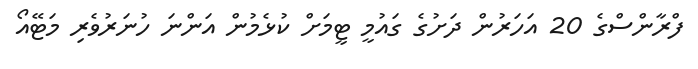
ފްރާންސްގެ 20 އަހަރުން ދަށުގެ ގައުމީ ޓީމަށް ކުޅެމުން އަންނަ ހުނަރުވެރި މަޓޭއޯ